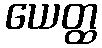
ယေတ္ထ